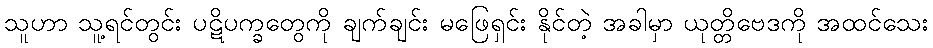
သူဟာ သူ့ရင်တွင်း ပဋိပက္ခတွေကို ချက်ချင်း မဖြေရှင်း နိုင်တဲ့ အခါမှာ ယုတ္တိဗေဒကို အထင်သေး